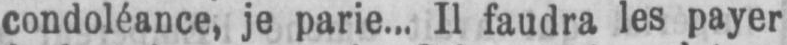
condoléance, je parie... Il faudra les payer